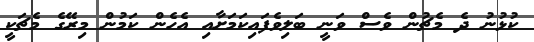
ކުޅުނު ދެ މެޗުން ވެސް ވަނީ ބަލިވެފައިކަމަށާއި އެހެން ކަމުން މިރޭގެ މެޗަކީ